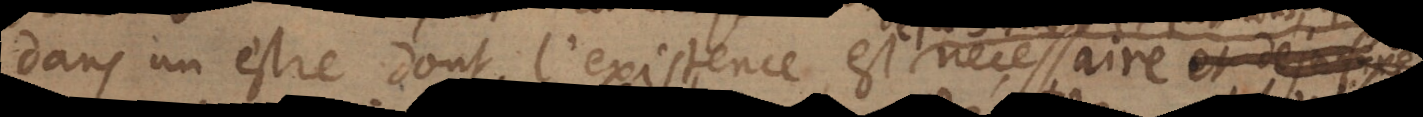
dans un estre dont l’existence est aire et déjà fixe